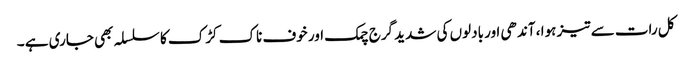
کل رات سے تیز ہوا ، آندھی اور بادلوں کی شدید گرج چمک اور خوف ناک کڑک کا سلسلہ بھی جاری ہے ۔